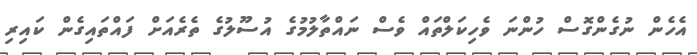
އެހެން ނުގެންގޮސް ހުންނަ ވެހިކަލްތައް ވެސް ނައްތާލުމުގެ އުސޫލުގެ ތެރެއަށް ފައްތައިގެން ކައިރި